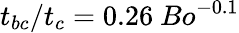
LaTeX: {t_{bc}/t_{c}=0.26~Bo^{-0.1}}